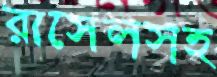
রাসেলসহ